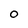
Character: 0